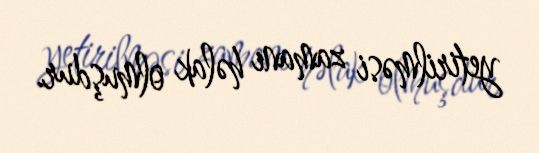
yetirilməsi zamanı həlak olmuşdur.